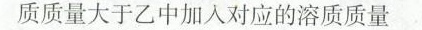
质质量大于乙中加入对应的溶质质量